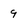
Character: 9